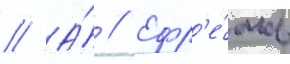
// А́ // Ефр'е́мов